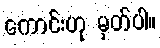
ကောင်းဟု မှတ်ပါ။